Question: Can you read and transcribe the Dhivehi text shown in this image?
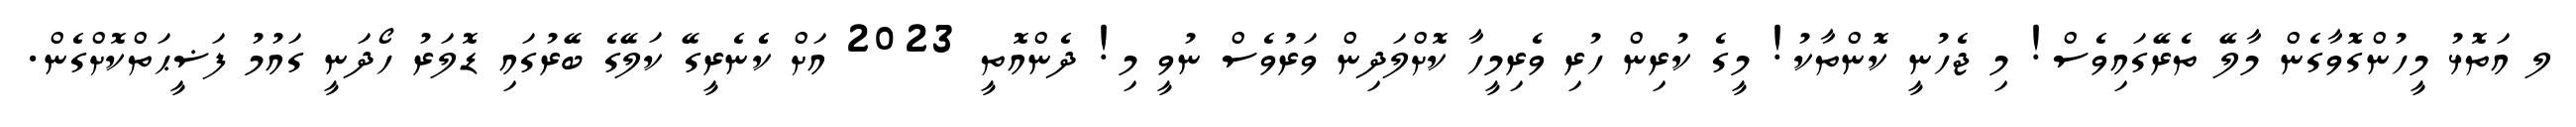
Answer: ލ އަތޮޅު މީހުންގޮވާގެން މާލޭ ތެރޭގައިވެސް! މި ޖެހުނީ ކޮންތާކު! މީގެ ކުރިން ހުރި ވެރިމީހާ ކޮށްލަދިން ވަރުވެސް ނުވީ މި! ދެންއޮތީ 2023 އަށް ކެެނެރީގޭ ކަލޭގެ ބޭރުގައި ޑޮލަރު ހޯދަނީ ގައުމު ފަޟީޙަތްކޮށްގެން.